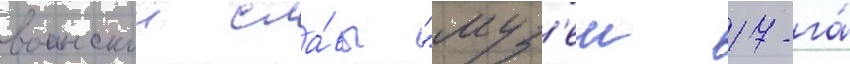
воинскои сла́вы "муз'еи 17-га́